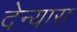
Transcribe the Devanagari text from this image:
देन्यास